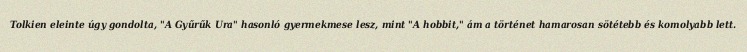
Tolkien eleinte úgy gondolta, "A Gyűrűk Ura" hasonló gyermekmese lesz, mint "A hobbit," ám a történet hamarosan sötétebb és komolyabb lett.